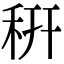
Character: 䄯